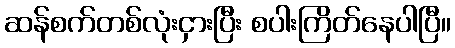
ဆန်စက်တစ်လုံးငှားပြီး စပါးကြိတ်နေပါပြီ။